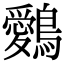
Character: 𪇈